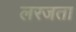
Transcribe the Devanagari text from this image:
लरजता